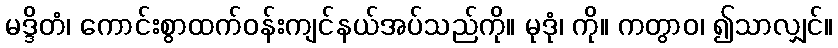
မဒ္ဒိတံ၊ ကောင်းစွာထက်ဝန်းကျင်နယ်အပ်သည်ကို။ မုဒုံ၊ ကို။ ကတွာဝ၊ ၍သာလျှင်။